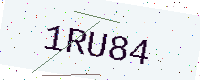
Text: 1RU84